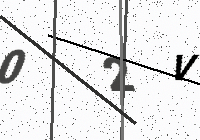
Text: 02V